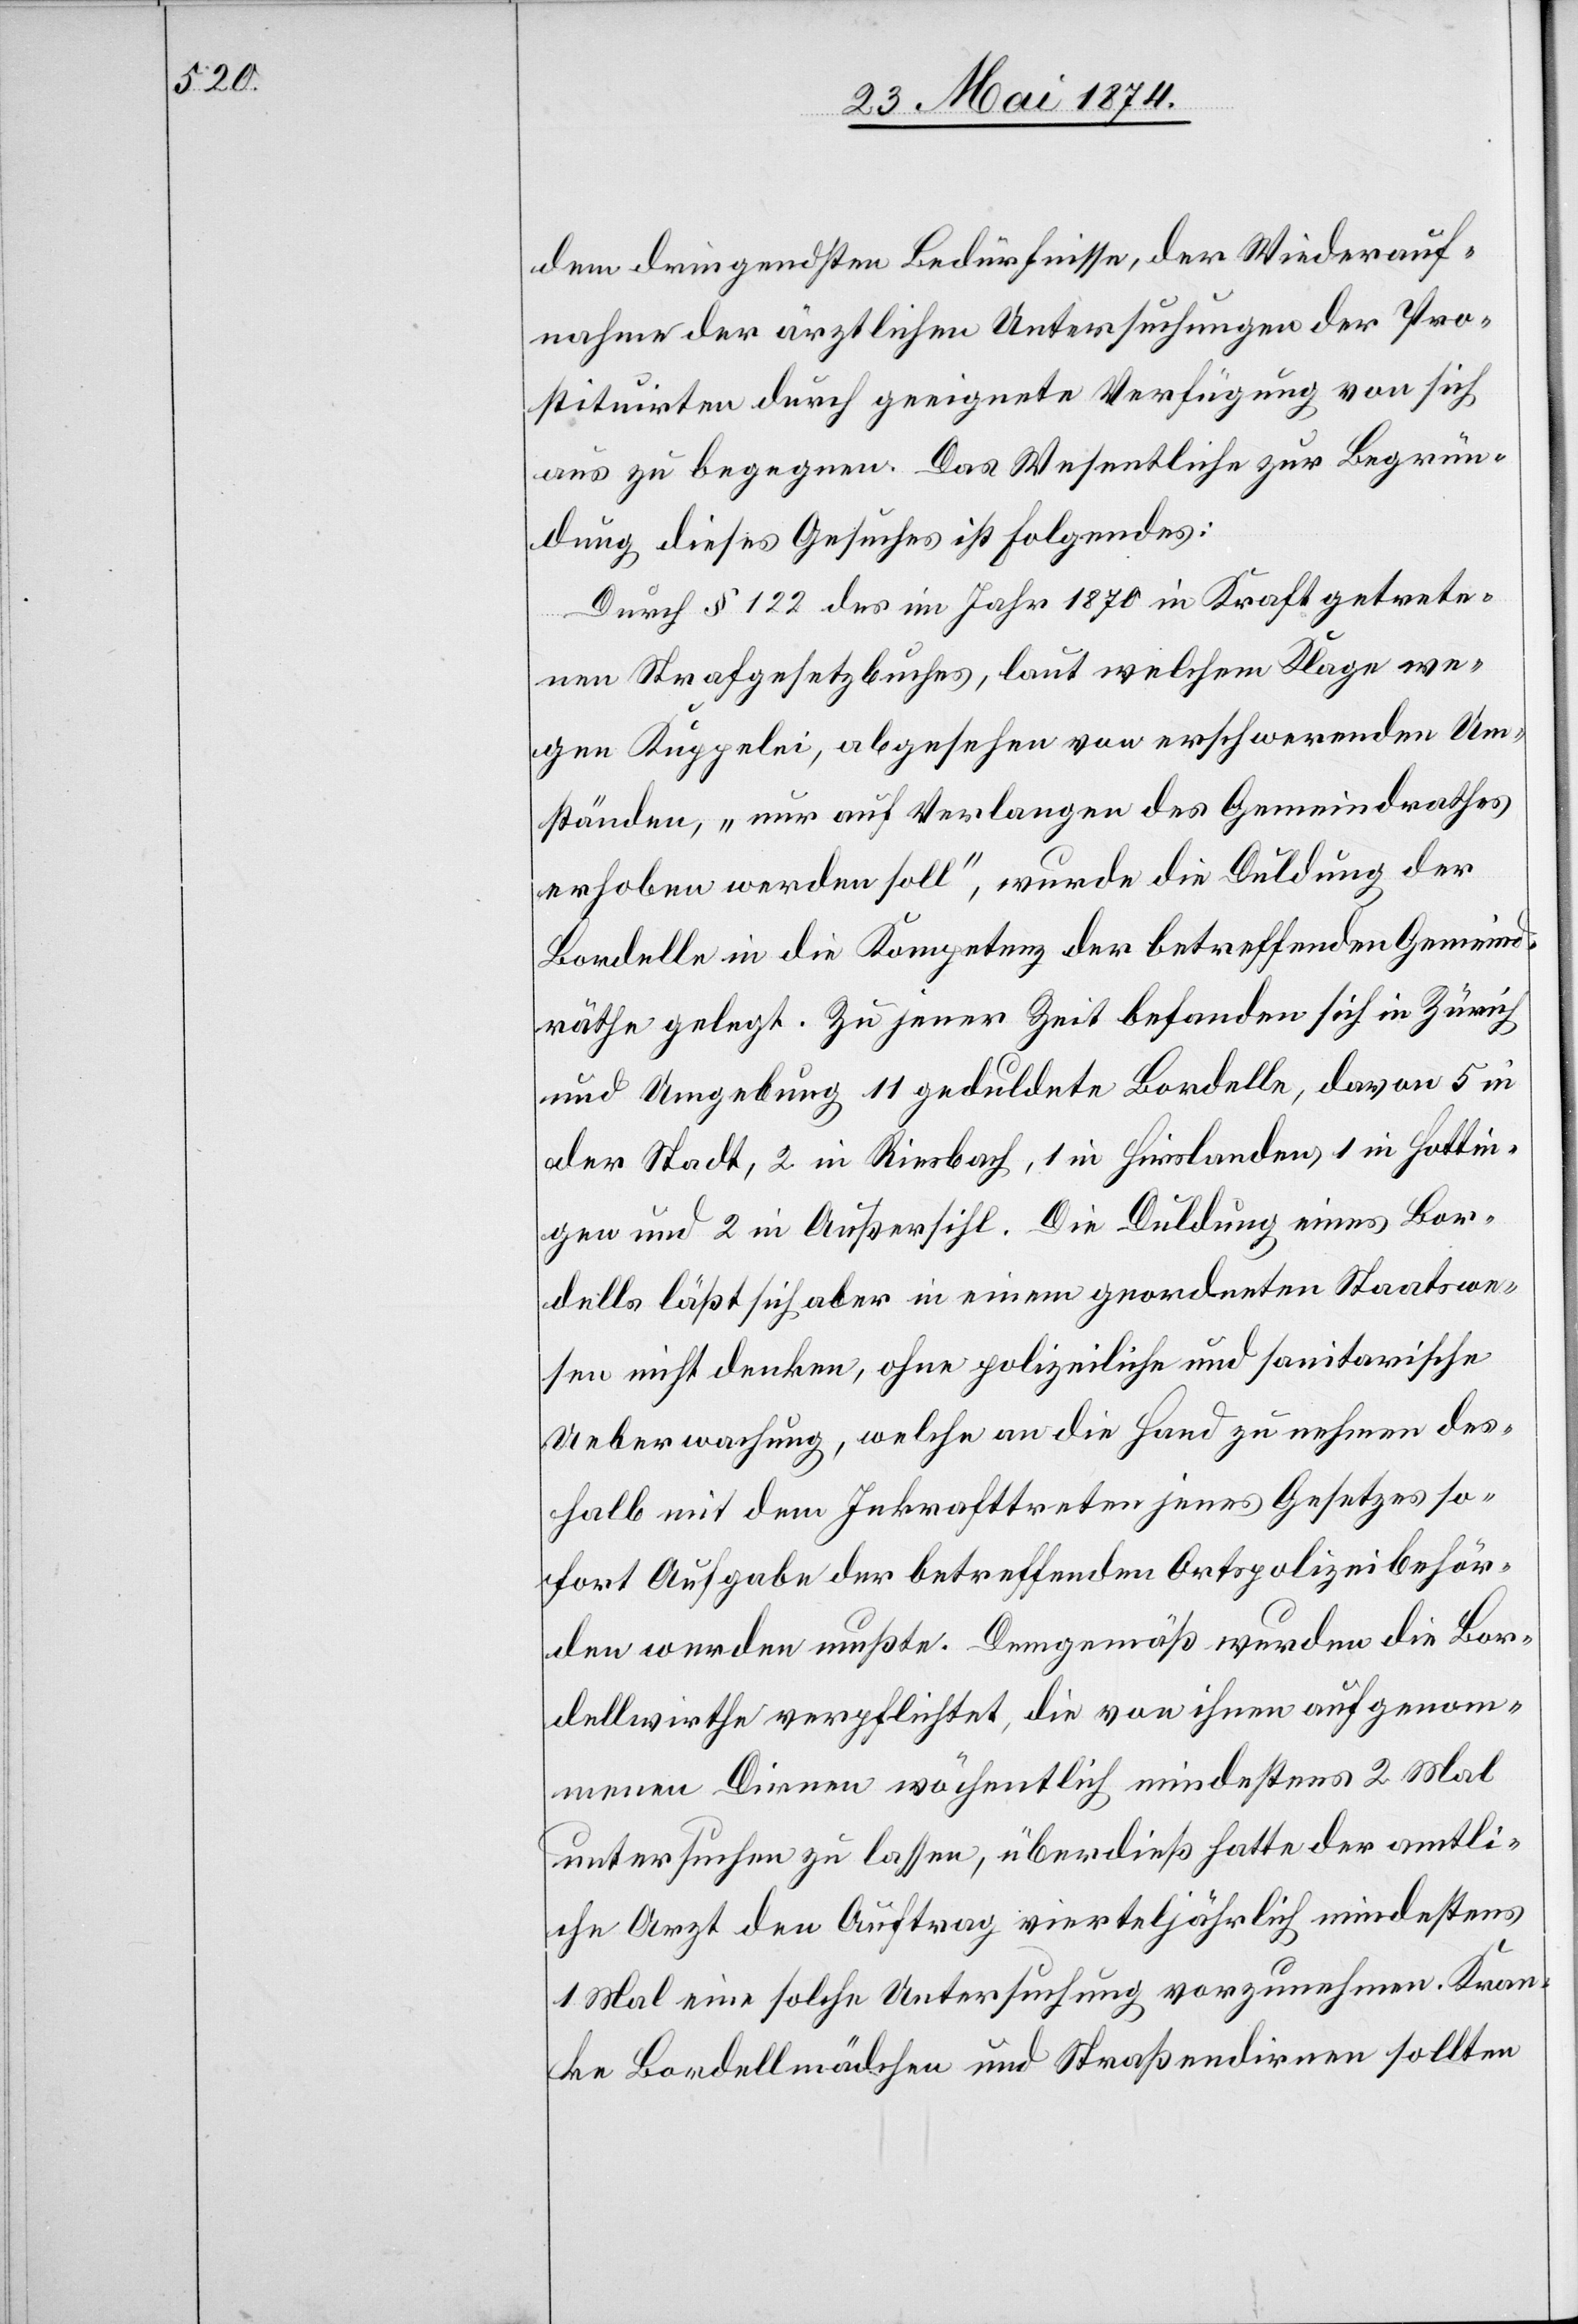
dem dringendsten Bedürfnisse, der Wiederauf¬
nahme der ärztlichen Untersuchungen der Pro¬
stituirten durch geeignete Verfügung von sich
aus zu begegnen. Das Wesentliche zur Begrün¬
dung dieses Gesuches ist Folgendes:
Durch § 122 des im Jahr 1870 in Kraft getrete¬
nen Strafgesetzbuches, laut welchem Klage we¬
gen Kuppelei, abgesehen von erschwerenden Um¬
ständen, „nur auf Verlangen des Gemeindrathes
erhoben werden soll“, wurde die Duldung der
Bordelle in die Kompetenz der betreffenden Gemeind¬
räthe gelegt. Zu jener Zeit befanden sich in Zürich
und Umgebung 11 geduldete Bordelle, davon 5 in
der Stadt, 2 in Riesbach, 1 in Hirslanden, 1 in Hottin¬
gen und 2 in Außersihl. Die Duldung eines Bor¬
dells läßt sich aber in einem geordneten Staatswe¬
sen nicht denken, ohne polizeiliche und sanitarische
Ueberwachung, welche an die Hand zu nehmen des¬
halb mit dem Inkrafttreten jenes Gesetzes so¬
fort Aufgabe der betreffenden Ortspolizeibehör¬
den werden mußte. Demgemäß wurden die Bor¬
dellwirthe verpflichtet, die von ihnen aufgenom¬
menen Dirnen wöchentlich mindestens 2 Mal
untersuchen zu lassen, überdieß hatte der amtli¬
che Arzt den Auftrag vierteljährlich mindestens
1 Mal eine solche Untersuchung vorzunehmen. Kran¬
ke Bordellmädchen und Straßendirnen sollten